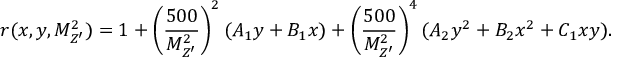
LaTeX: r ( x , y , M _ { Z ^ { \prime } } ^ { 2 } ) = 1 + \left( \frac { 5 0 0 } { M _ { Z ^ { \prime } } ^ { 2 } } \right) ^ { 2 } ( A _ { 1 } y + B _ { 1 } x ) + \left( \frac { 5 0 0 } { M _ { Z ^ { \prime } } ^ { 2 } } \right) ^ { 4 } ( A _ { 2 } y ^ { 2 } + B _ { 2 } x ^ { 2 } + C _ { 1 } x y ) .